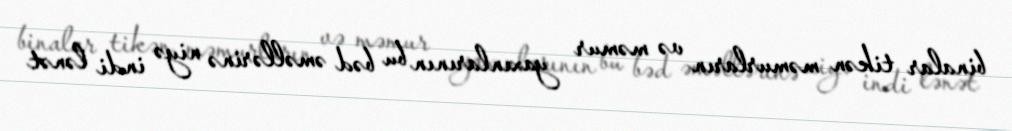
binalar tikən məmurların və məmur yaxınlarının bu bəd əməllərinə niyə indi lənət